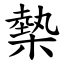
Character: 槷